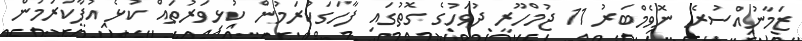
ޒަމާނުއްސުރެ ނޮވެމްބަރު 11 ޖުމްހޫރީ ދުވަހުގެ ގޮތުގައި ފާހަގަކުރަމުން ކުޅިވަރުތައް ކުޅެ އުފާކުރަމުން